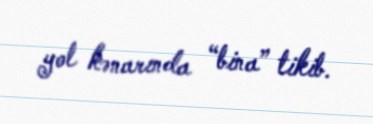
yol kənarında “bina” tikib.